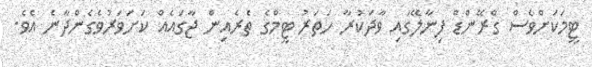
ޓީމަކަށްވެސް ގްރޭންޑް ފިނާލޭގައި ވާދަކުރާ ހަތަރު ޓީމްގެ ތެރެއިން ޖާގައެއް ކަށަވަރުވެގެންދާނެ އެވެ.